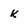
Character: k